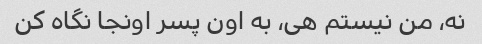
نه، من نیستم هی، به اون پسر اونجا نگاه کن